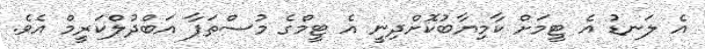
އެ ލަނޑު އެ ޓީމަށް ކާމިޔާބުކޮށްދިނީ އެ ޓީމްގެ މުސްތަފާ އަބްދުލްކަރީމް އެވެ.